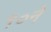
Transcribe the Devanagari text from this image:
१०ने